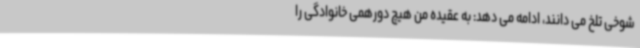
شوخی تلخ می دانند، ادامه می دهد: به عقیده من هیچ دورهمی خانوادگی را